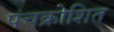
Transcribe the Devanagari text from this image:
पंचक्रोशित